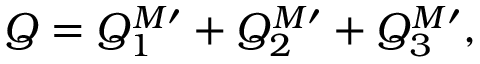
Q = Q _ { 1 } ^ { M \prime } + Q _ { 2 } ^ { M \prime } + Q _ { 3 } ^ { M \prime } ,